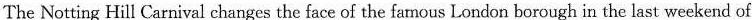
The Notting Hill Carnival changes the face of the famous London borough in the last weekend of